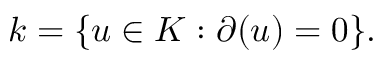
k = \{ u \in K : \partial ( u ) = 0 \} .